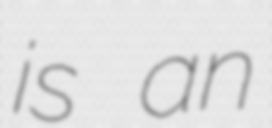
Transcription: is an